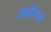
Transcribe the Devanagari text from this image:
खडीवालॆ